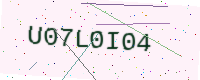
Text: U07L0I04